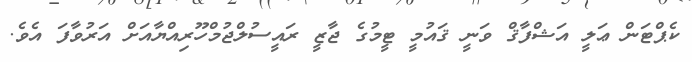
ކެޕްޓަން ޢަލީ އަޝްފާޤް ވަނީ ޤައުމީ ޓީމުގެ ޖާޒީ ރައީސުލްޖުމްހޫރިއްޔާއަށް އަރުވާފަ އެވެ.